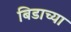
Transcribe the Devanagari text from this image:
बिडाच्या